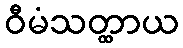
ဝီမံသတ္ထာယ